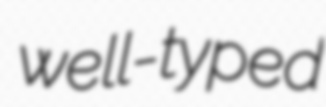
well-typed